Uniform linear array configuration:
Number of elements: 16
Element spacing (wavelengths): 0.75
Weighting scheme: hamming
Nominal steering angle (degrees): -30
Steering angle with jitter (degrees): -31.244
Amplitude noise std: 0.05
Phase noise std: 0.05

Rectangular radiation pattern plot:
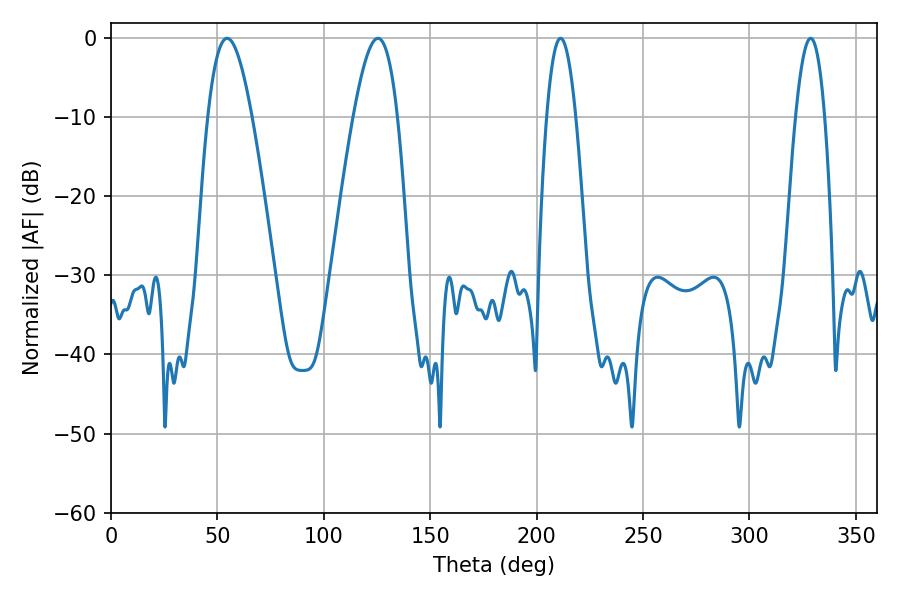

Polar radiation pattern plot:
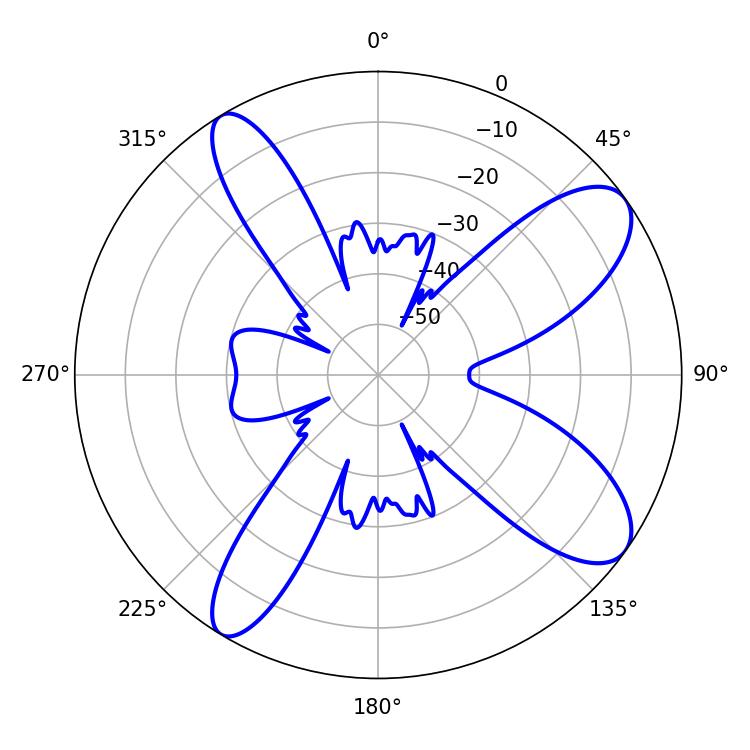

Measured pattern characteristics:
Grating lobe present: TRUE
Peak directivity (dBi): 9.965
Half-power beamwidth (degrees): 11.34
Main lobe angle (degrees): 54.54